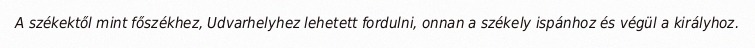
A székektől mint főszékhez, Udvarhelyhez lehetett fordulni, onnan a székely ispánhoz és végül a királyhoz.